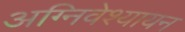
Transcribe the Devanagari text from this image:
अग्निवेश्यायन